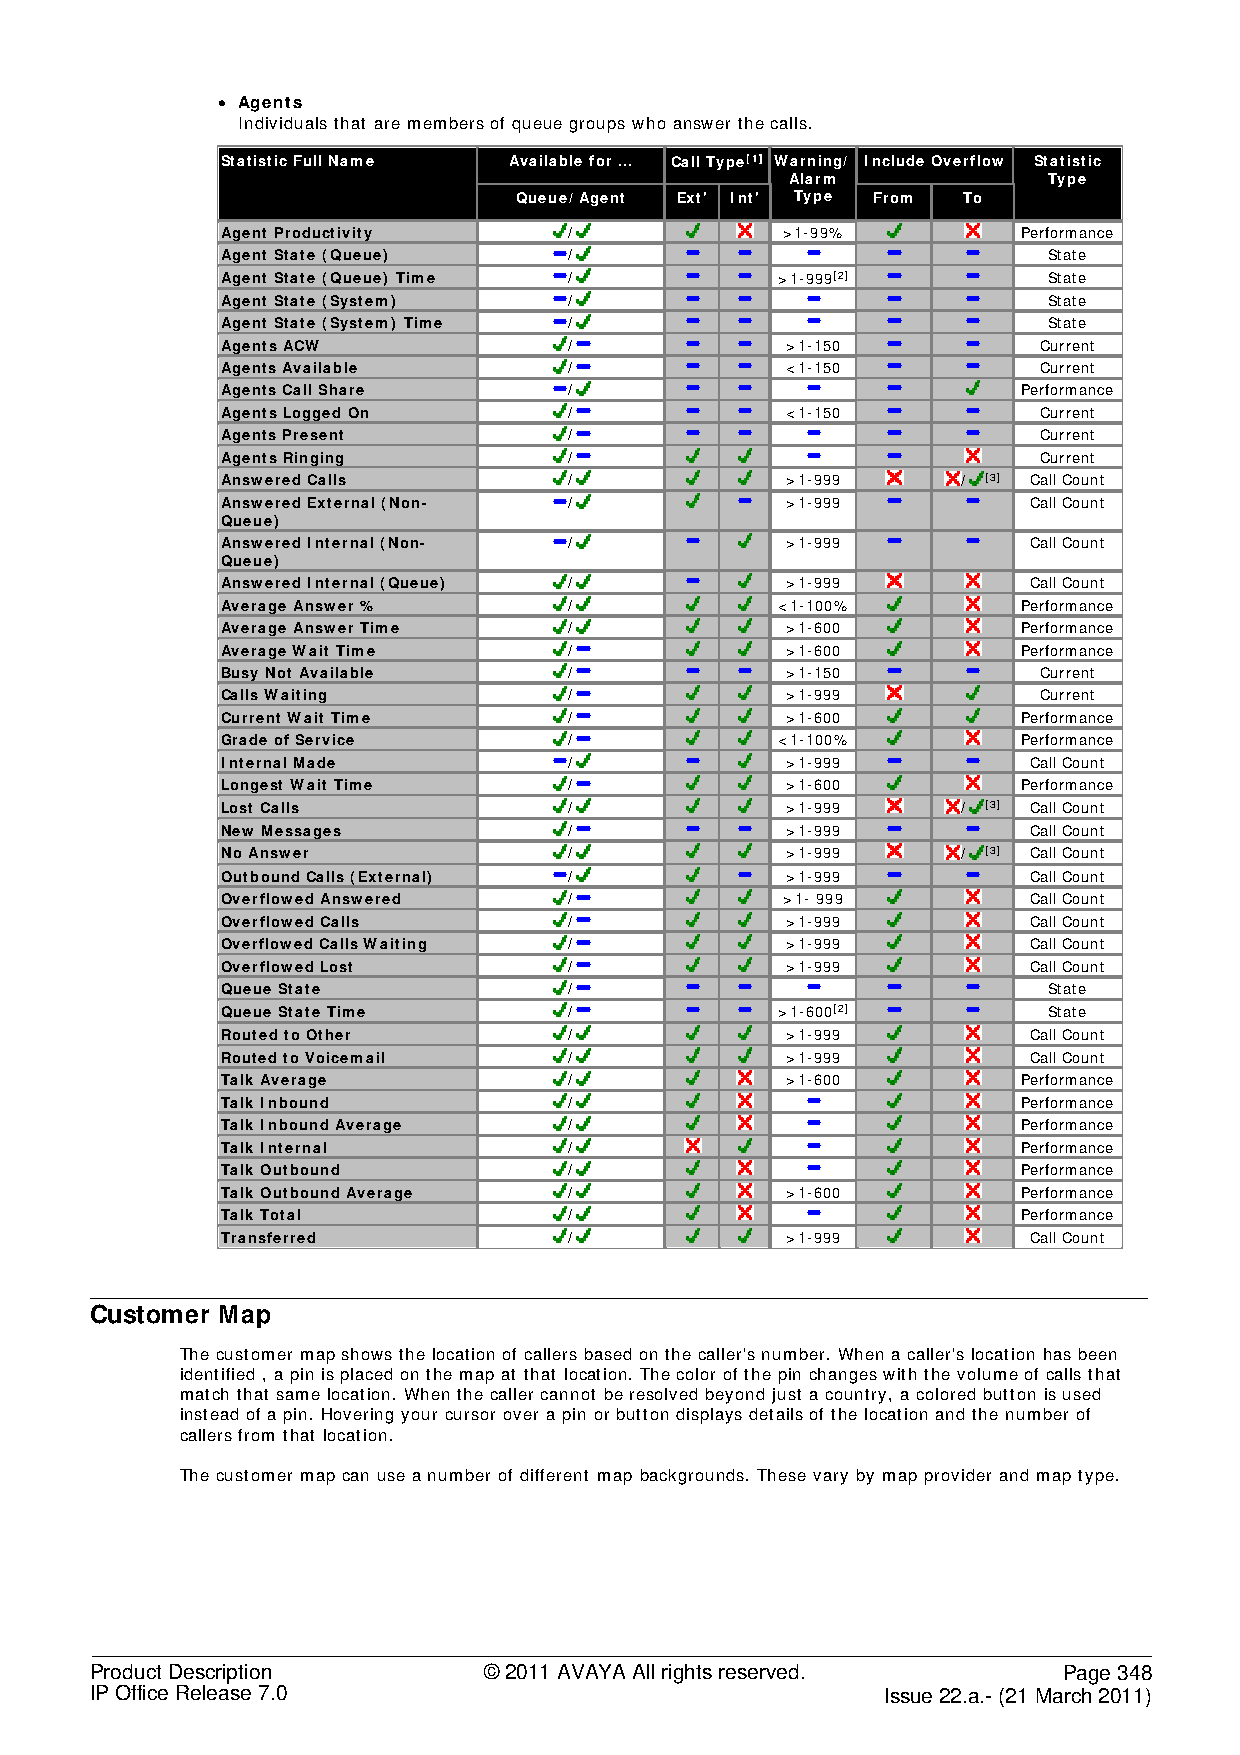
• Agents
 Individuals that are members of queue groups who answer the calls.
 Statistic Full Name Available for ... Call Type[1] Warning/ Include Overflow Statistic
 Alarm            Type
 Queue/Agent Ext' Int' Type From To
 Agent Productivity     /             >1-99%          Performance
 Agent State (Queue)    /                              State
 Agent State (Queue) Time /          >1-999[2]         State
 Agent State (System)   /                              State
 Agent State (System) Time /                           State
 Agents ACW             /             >1-150           Current
 Agents Available       /             <1-150           Current
 Agents Call Share      /                             Performance
 Agents Logged On       /             <1-150           Current
 Agents Present         /                              Current
 Agents Ringing         /                              Current
 Answered Calls         /             >1-999      / [3] Call Count
 Answered External (Non- /            >1-999          Call Count
 Queue)
 Answered Internal (Non- /            >1-999          Call Count
 Queue)
 Answered Internal (Queue) /          >1-999          Call Count
 Average Answer %       /            <1-100%          Performance
 Average Answer Time    /             >1-600          Performance
 Average Wait Time      /             >1-600          Performance
 Busy Not Available     /             >1-150           Current
 Calls Waiting          /             >1-999           Current
 Current Wait Time      /             >1-600          Performance
 Grade of Service       /            <1-100%          Performance
 Internal Made          /             >1-999          Call Count
 Longest Wait Time      /             >1-600          Performance
 Lost Calls             /             >1-999      / [3] Call Count
 New Messages           /             >1-999          Call Count
 No Answer              /             >1-999      / [3] Call Count
 Outbound Calls (External) /          >1-999          Call Count
 Overflowed Answered    /             >1- 999         Call Count
 Overflowed Calls       /             >1-999          Call Count
 Overflowed Calls Waiting /           >1-999          Call Count
 Overflowed Lost        /             >1-999          Call Count
 Queue State            /                              State
 Queue State Time       /            >1-600[2]         State
 Routed to Other        /             >1-999          Call Count
 Routed to Voicemail    /             >1-999          Call Count
 Talk Average           /             >1-600          Performance
 Talk Inbound           /                             Performance
 Talk Inbound Average   /                             Performance
 Talk Internal          /                             Performance
 Talk Outbound          /                             Performance
 Talk Outbound Average  /             >1-600          Performance
 Talk Total             /                             Performance
 Transferred            /             >1-999          Call Count
 Customer Map
 The customer map shows the location of callers based on the caller's number. When a caller's location has been
 identified , a pin is placed on the map at that location. The color of the pin changes with the volume of calls that
 match that same location. When the caller cannot be resolved beyond just a country, a colored button is used
 instead of a pin. Hovering your cursor over a pin or button displays details of the location and the number of
 callers from that location.
 The customer map can use a number of different map backgrounds. These vary by map provider and map type.
 Product Description       © 2011 AVAYA All rights reserved.     Page 348
 IP Office Release 7.0                                Issue 22.a.- (21 March 2011)